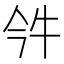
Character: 𤘨